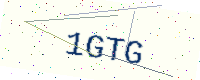
Text: 1GTG